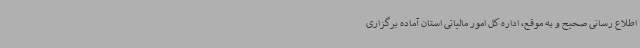
اطلاع رسانی صحیح و به موقع، اداره کل امور مالیاتی استان آماده برگزاری